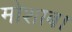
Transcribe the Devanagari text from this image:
मोशाब।